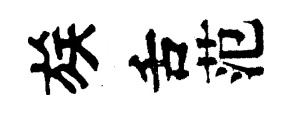
族舌范